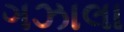
ગઝાલા